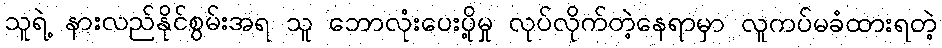
သူရဲ့ နားလည်နိုင်စွမ်းအရ သူ ဘောလုံးပေးပို့မှု လုပ်လိုက်တဲ့နေရာမှာ လူကပ်မခံထားရတဲ့